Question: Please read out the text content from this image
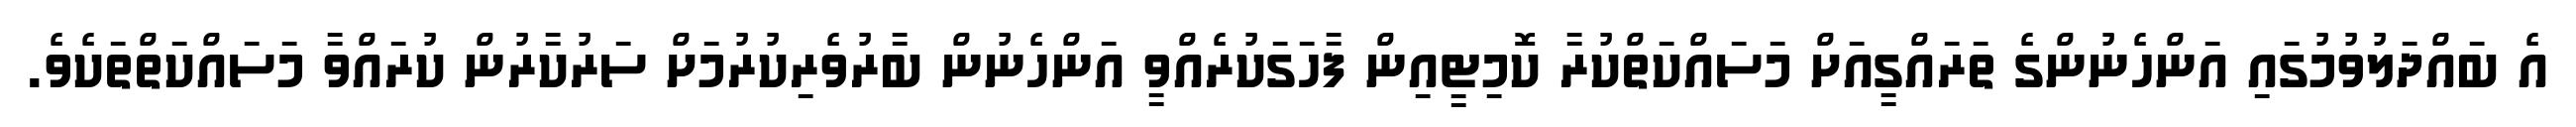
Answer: އެ ބައްދަލުވުމުގައި އަންހެނުންގެ ތަރައްގީއަށް މަސައްކަތްކުރާ ކޮމިޓީއިން ފާހަގަކުރެއްވީ އަންހެނުން ބާރުވެރިކުރުމަށް ސަރުކާރުން ކުރައްވާ މަސައްކަތްތަކެވެ.